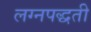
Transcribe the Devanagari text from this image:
लग्नपद्धती